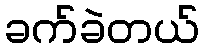
ခက်ခဲတယ်